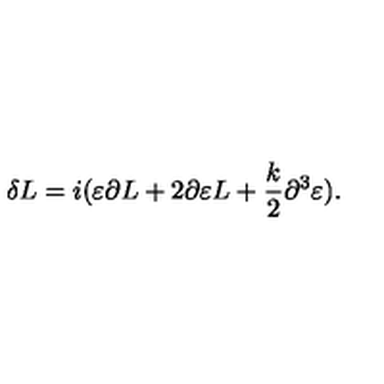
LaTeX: \delta L = i ( \varepsilon \partial L + 2 \partial \varepsilon L + { \frac { k } { 2 } } \partial ^ { 3 } \varepsilon ) .